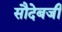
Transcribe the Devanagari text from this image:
सौदेबजी